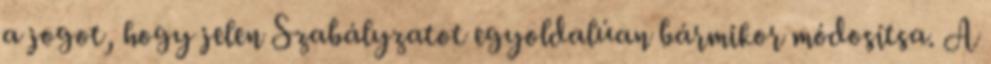
a jogot, hogy jelen Szabályzatot egyoldalúan bármikor módosítsa. A